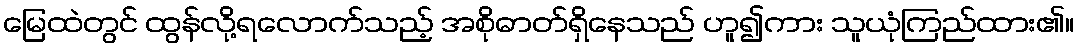
မြေထဲတွင် ထွန်လို့ရလောက်သည့် အစိုဓာတ်ရှိနေသည် ဟူ၍ကား သူယုံကြည်ထား၏။